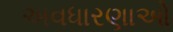
અવધારણાઓ